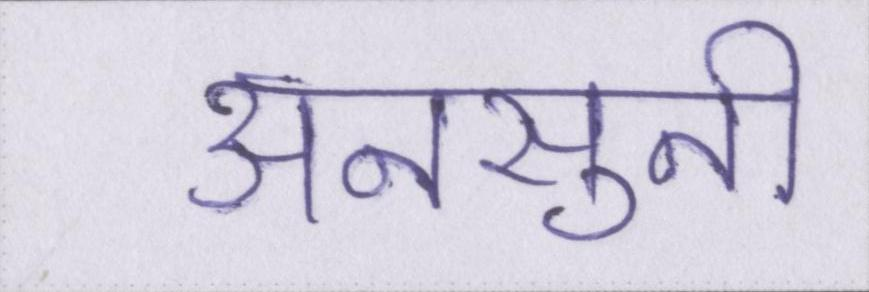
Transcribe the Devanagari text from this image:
अनसुनी